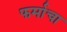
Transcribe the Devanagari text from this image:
फर्माचा